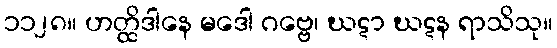
၁၁၂၈။ ဟတ္ထိဒါနေ မဒေါ ဂဗ္ဗေ၊ ဃဋာ ဃဋန ရာသိသု။